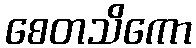
စေတသိကော